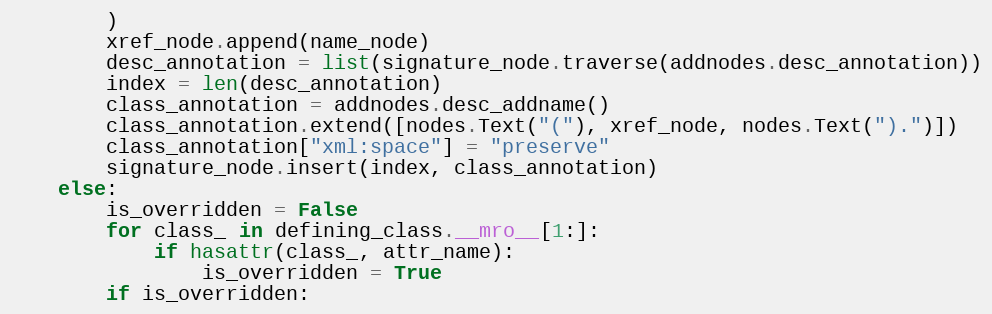
Language: Python
        )
        xref_node.append(name_node)
        desc_annotation = list(signature_node.traverse(addnodes.desc_annotation))
        index = len(desc_annotation)
        class_annotation = addnodes.desc_addname()
        class_annotation.extend([nodes.Text("("), xref_node, nodes.Text(").")])
        class_annotation["xml:space"] = "preserve"
        signature_node.insert(index, class_annotation)
    else:
        is_overridden = False
        for class_ in defining_class.__mro__[1:]:
            if hasattr(class_, attr_name):
                is_overridden = True
        if is_overridden: